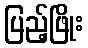
ပြည့်ဖြိုး